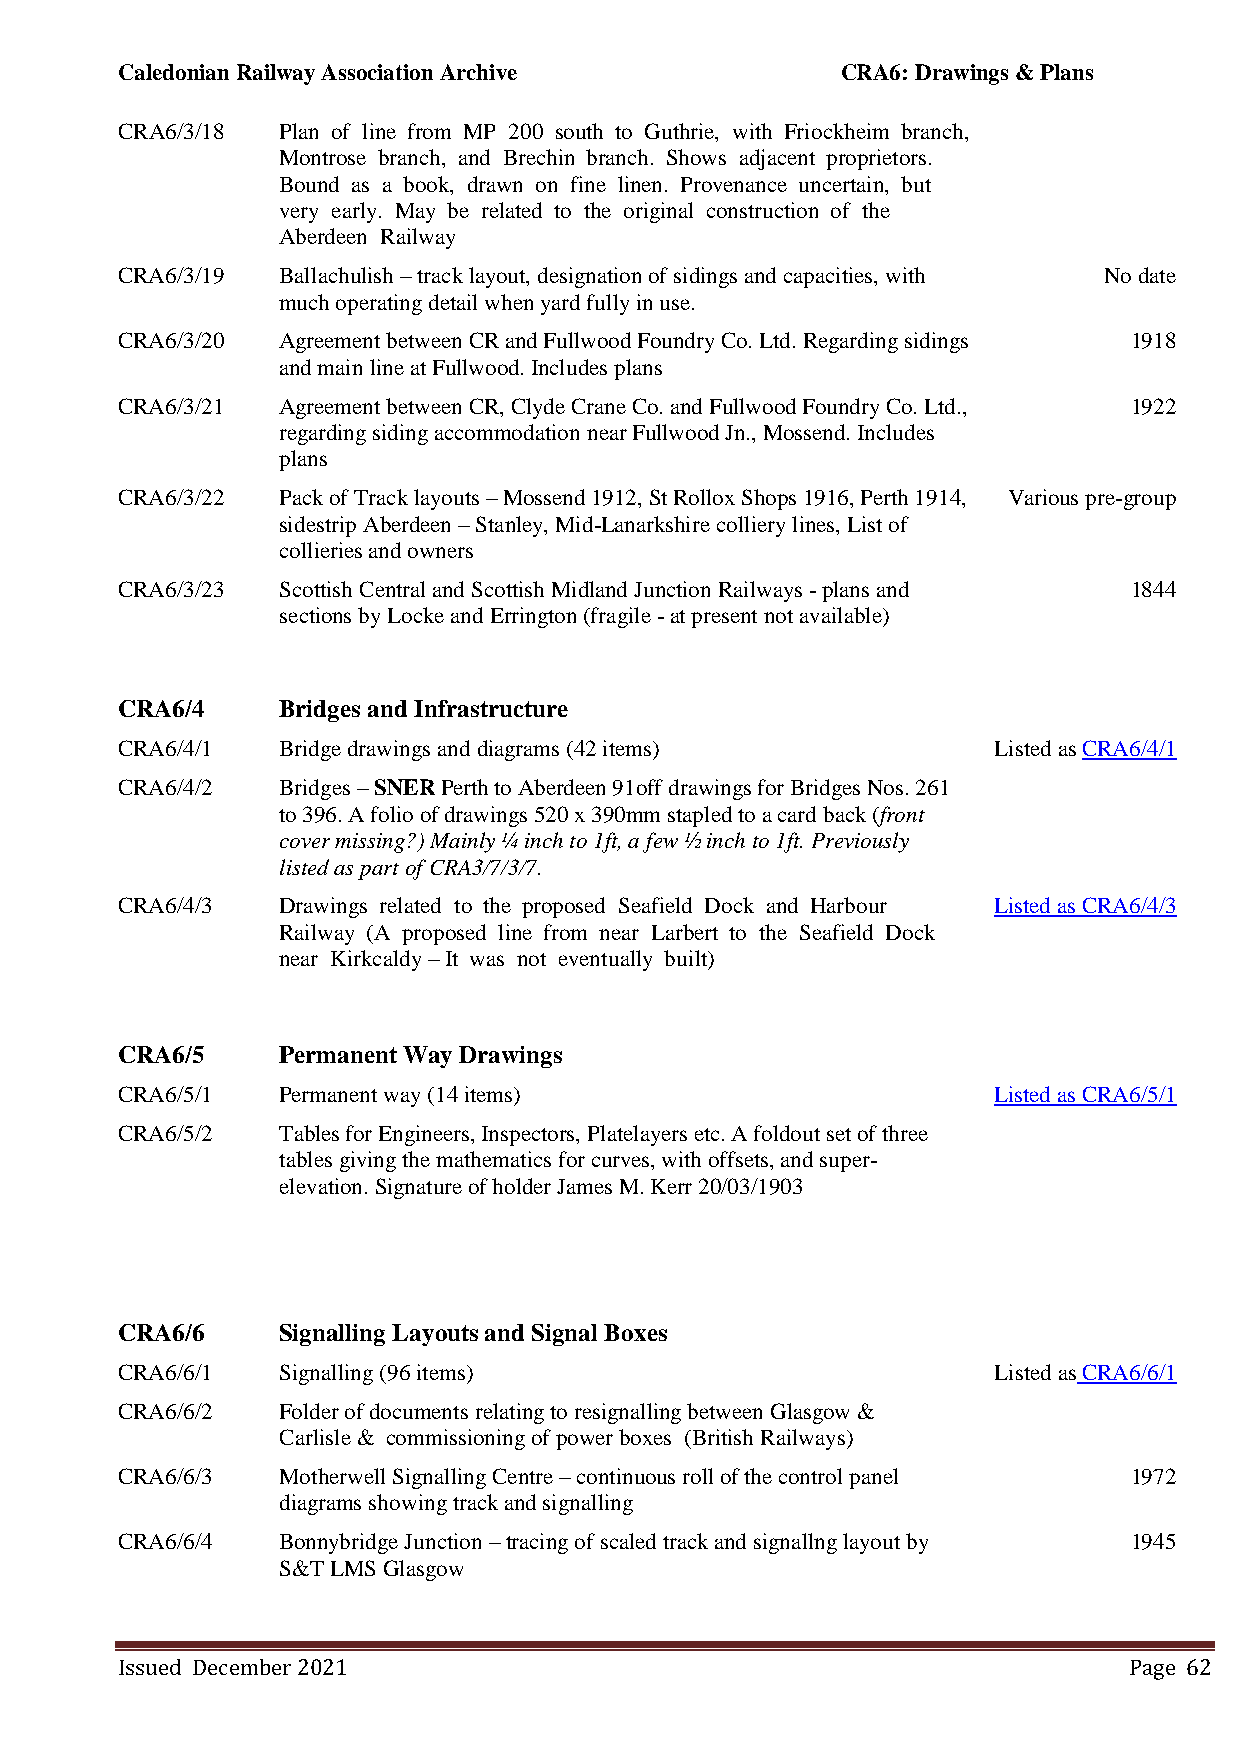
Caledonian Railway Association Archive          CRA6: Drawings & Plans
 CRA6/3/18 Plan of line from MP 200 south to Guthrie, with Friockheim branch,
 Montrose branch, and Brechin branch. Shows adjacent proprietors.
 Bound as a book, drawn on fine linen. Provenance uncertain, but
 very early. May be related to the original construction of the
 Aberdeen Railway
 CRA6/3/19 Ballachulish – track layout, designation of sidings and capacities, with No date
 much operating detail when yard fully in use.
 CRA6/3/20 Agreement between CR and Fullwood Foundry Co. Ltd. Regarding sidings 1918
 and main line at Fullwood. Includes plans
 CRA6/3/21 Agreement between CR, Clyde Crane Co. and Fullwood Foundry Co. Ltd., 1922
 regarding siding accommodation near Fullwood Jn., Mossend. Includes
 plans
 CRA6/3/22 Pack of Track layouts – Mossend 1912, St Rollox Shops 1916, Perth 1914, Various pre-group
 sidestrip Aberdeen – Stanley, Mid-Lanarkshire colliery lines, List of
 collieries and owners
 CRA6/3/23 Scottish Central and Scottish Midland Junction Railways - plans and 1844
 sections by Locke and Errington (fragile - at present not available)
 CRA6/4    Bridges and Infrastructure
 CRA6/4/1  Bridge drawings and diagrams (42 items)         Listed as CRA6/4/1
 CRA6/4/2  Bridges – SNER Perth to Aberdeen 91off drawings for Bridges Nos. 261
 to 396. A folio of drawings 520 x 390mm stapled to a card back (front
 cover missing?) Mainly ¼ inch to 1ft, a few ½ inch to 1ft. Previously
 listed as part of CRA3/7/3/7.
 CRA6/4/3  Drawings related to the proposed Seafield Dock and Harbour Listed as CRA6/4/3
 Railway (A proposed line from near Larbert to the Seafield Dock
 near Kirkcaldy – It was not eventually built)
 CRA6/5    Permanent Way Drawings
 CRA6/5/1  Permanent way (14 items)                        Listed as CRA6/5/1
 CRA6/5/2  Tables for Engineers, Inspectors, Platelayers etc. A foldout set of three
 tables giving the mathematics for curves, with offsets, and super-
 elevation. Signature of holder James M. Kerr 20/03/1903
 CRA6/6    Signalling Layouts and Signal Boxes
 CRA6/6/1  Signalling (96 items)                           Listed as CRA6/6/1
 CRA6/6/2  Folder of documents relating to resignalling between Glasgow &
 Carlisle & commissioning of power boxes (British Railways)
 CRA6/6/3  Motherwell Signalling Centre – continuous roll of the control panel 1972
 diagrams showing track and signalling
 CRA6/6/4  Bonnybridge Junction – tracing of scaled track and signallng layout by 1945
 S&T LMS Glasgow
 Issued December 2021                                               Page 62